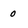
Character: 0